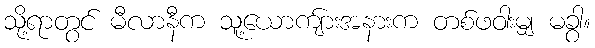
သို့ရာတွင် မီလာနီက သူ့ယောကျ်ားအနားက တစ်ဖဝါးမျှ မခွာ။